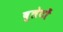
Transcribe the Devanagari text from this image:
बुलेटों